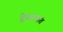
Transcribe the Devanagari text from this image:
द्वैतवनांत